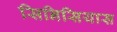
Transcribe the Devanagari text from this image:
सिनिसियास